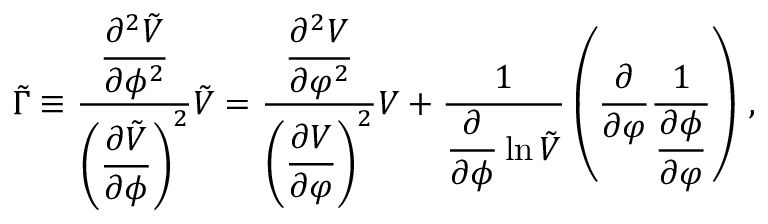
\tilde { \Gamma } \equiv \frac { \displaystyle { \frac { \partial ^ { 2 } \tilde { V } } { \partial \phi ^ { 2 } } } } { \left( \displaystyle { \frac { \partial \tilde { V } } { \partial \phi } } \right) ^ { 2 } } \tilde { V } = \frac { \displaystyle { \frac { \partial ^ { 2 } V } { \partial \varphi ^ { 2 } } } } { \left( \displaystyle { \frac { \partial V } { \partial \varphi } } \right) ^ { 2 } } V + \frac { 1 } { \displaystyle { \frac { \partial } { \partial \phi } \ln \tilde { V } } } \left( \frac { \partial } { \partial \varphi } \frac { 1 } { \displaystyle { \frac { \partial \phi } { \partial \varphi } } } \right) \, , \nonumber